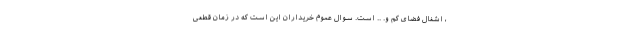
، اشغال فضای کم و. .. است. سوال عموم خریداران این است که در زمان قطعی